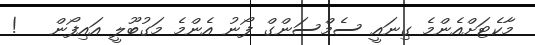
މާކެޓަށްއެންމެ ގިނައީ ސެމްސަންގް ފޯނު އެންމެ މަގުބޫލީ އައިފޯން   !